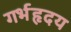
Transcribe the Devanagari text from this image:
गर्भहृदय